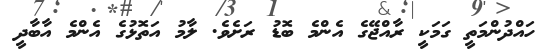
ހައްދުންމަތީ ގަމަކީ ރާއްޖޭގެ އެންމެ ބޮޑު ރަށެވެ. ލާމު އަތޮޅުގެ އެންމެ އާބާދީ